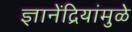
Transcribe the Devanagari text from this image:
ज्ञानेंद्रियांमुळे